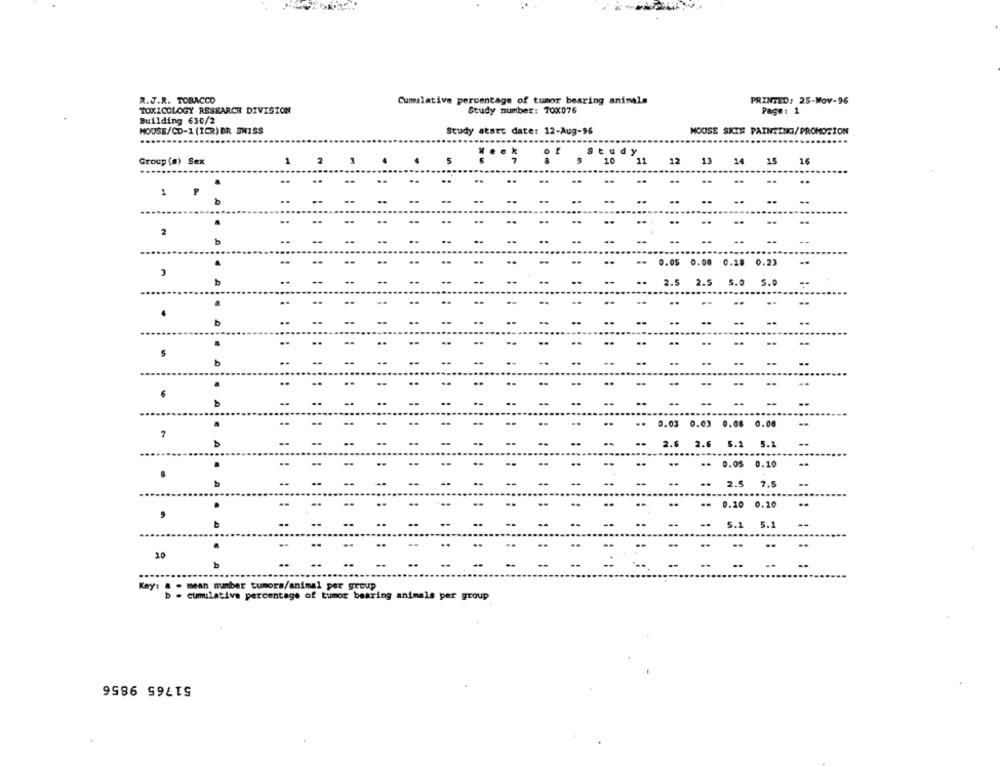
R.J.R. TOBACCO
Cumulative percentage of tumor bearing animals
PRINTED: 25-Nov-96
TOXICOLOGY RESEARCH DIVISION
Study number: TOX076
Page: 1
Building 630/2
HOUSE/CD-1 (ICR) BR SWISS
Study start date: 12-Aug-96
MOUSE SKIS PAINTING/PROMOTION
Group (s) Sex
15
16
1
2
0.22
b
b
.
0.08
.
A
0.10
0.10 0.20
5.1 5.1
20
b
Key': @ - mean number tumors/animal per group
b = cumulative percentage of tumor bearing animals per group
51765 9856